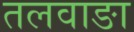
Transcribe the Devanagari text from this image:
तलवाङा